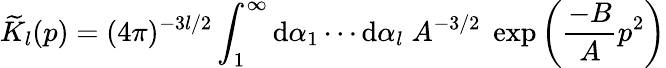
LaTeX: \widetilde{K}_{l}(p)=(4\pi)^{-3l/2}\int_{1}^{\infty}\mathrm{d}\alpha_{1}\cdots\mathrm{d}\alpha_{l}\; A^{-3/2}\; \exp\left(\frac{-B}{A}p^{2}\right)